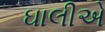
ઘાલીએ